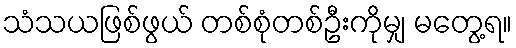
သံသယဖြစ်ဖွယ် တစ်စုံတစ်ဦးကိုမျှ မတွေ့ရ။